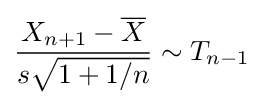
{\frac {X_{n+1}-{\overline {X}}}{s{\sqrt {1+1/n}}}}\sim T_{n-1}